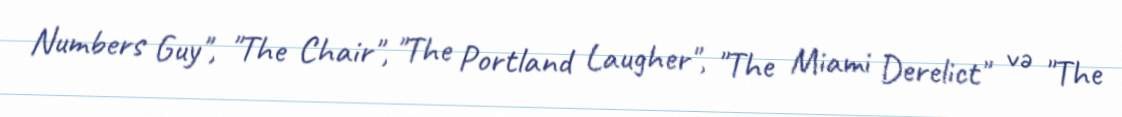
Numbers Guy", "The Chair", "The Portland Laugher", "The Miami Derelict" və "The